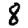
Digit: 8